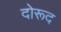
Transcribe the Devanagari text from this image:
दोरूद